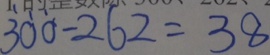
3 0 0 - 2 6 2 = 3 8